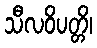
သီလဝိပတ္တိ၊